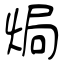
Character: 焗